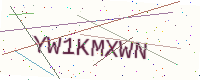
Text: YW1KMXWN